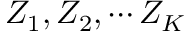
Z _ { 1 } , Z _ { 2 } , \cdots Z _ { K }